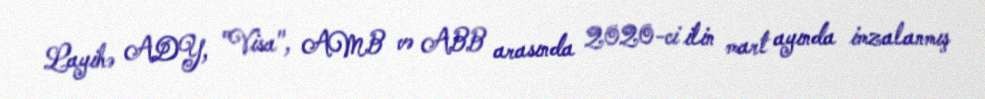
Layihə ADY, "Visa", AMB və ABB arasında 2020-ci ilin mart ayında imzalanmış